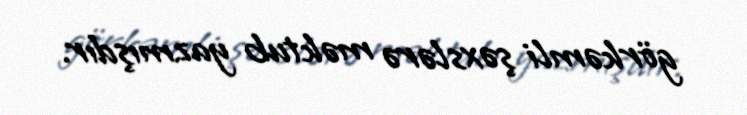
görkəmli şəxslərə məktub yazmışdır.